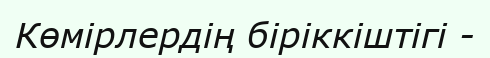
Көмірлердің біріккіштігі -